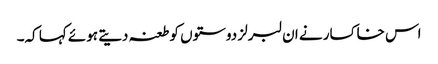
اس خاکسار نے ان لبرلز دوستوں کو طعنہ دیتے ہوئے کہا کہ۔